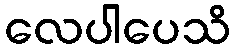
လေပါပေသိ